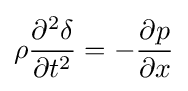
\rho {\frac {\partial ^{2}\delta }{\partial t^{2}}}=-{\frac {\partial p}{\partial x}}